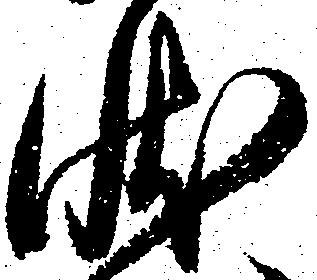
状